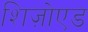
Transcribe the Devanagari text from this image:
शिज़ोएड